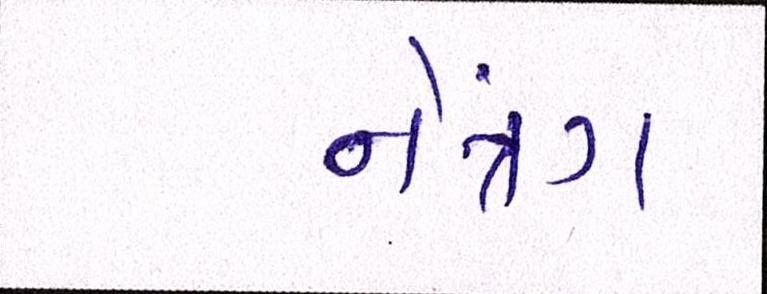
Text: નેત્રંગ